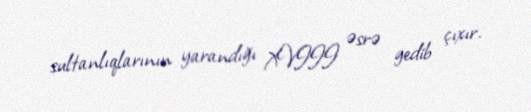
sultanlıqlarının yarandığı XVIII əsrə gedib çıxır.